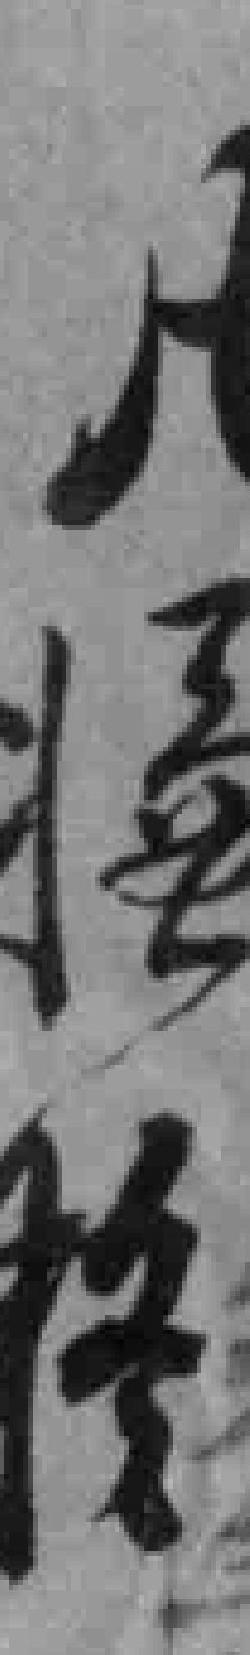
凡*